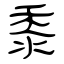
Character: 黍